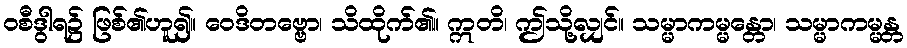
ဝစီဒွါရ၌ ဖြစ်၏ဟူ၍။ ဝေဒိတဗ္ဗော၊ သိထိုက်၏။ ဣတိ၊ ဤသို့လျှင်။ သမ္မာကမ္မန္တော၊ သမ္မာကမ္မန္တ